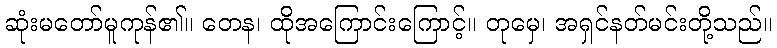
ဆုံးမတော်မူကုန်၏။ တေန၊ ထိုအကြောင်းကြောင့်။ တုမှေ၊ အရှင်နတ်မင်းတို့သည်။